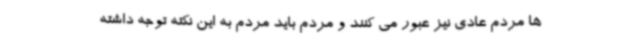
ها مردم عادی نیز عبور می کنند و مردم باید مردم به این نکته توجه داشته